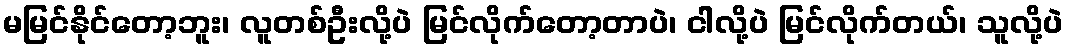
မမြင်နိုင်တော့ဘူး၊ လူတစ်ဦးလို့ပဲ မြင်လိုက်တော့တာပဲ၊ ငါလို့ပဲ မြင်လိုက်တယ်၊ သူလို့ပဲ